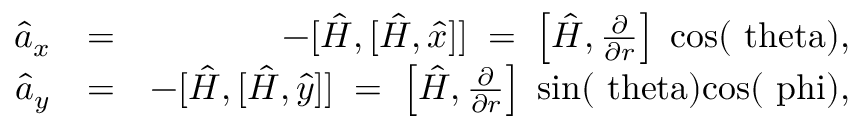
\begin{array} { r l r } { \hat { a } _ { x } } & { = } & { - [ \hat { H } , [ \hat { H } , \hat { x } ] ] \; = \; \left[ \hat { H } , \frac { \partial } { \partial r } \right] \; \mathrm { c o s ( \ t h e t a ) } , } \\ { \hat { a } _ { y } } & { = } & { - [ \hat { H } , [ \hat { H } , \hat { y } ] ] \; = \; \left[ \hat { H } , \frac { \partial } { \partial r } \right] \; \mathrm { s i n ( \ t h e t a ) c o s ( \ p h i ) } , } \end{array}